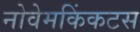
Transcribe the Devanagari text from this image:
नोवेमकिंकटस